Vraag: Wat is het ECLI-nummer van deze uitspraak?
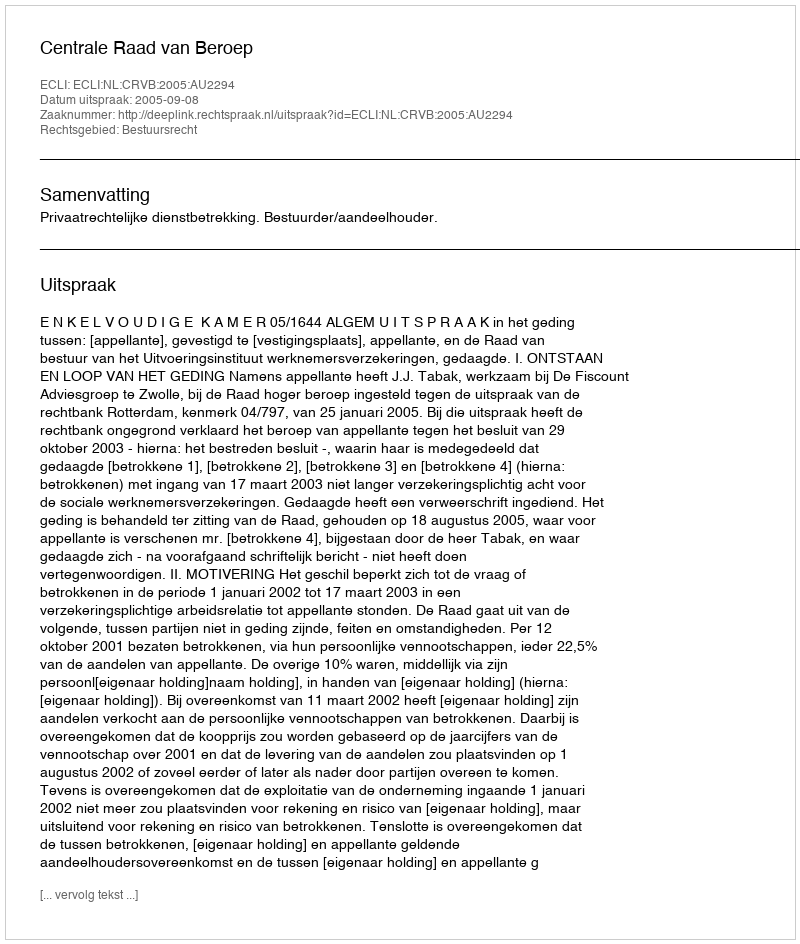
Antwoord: ECLI:NL:CRVB:2005:AU2294